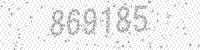
Solution: 869185